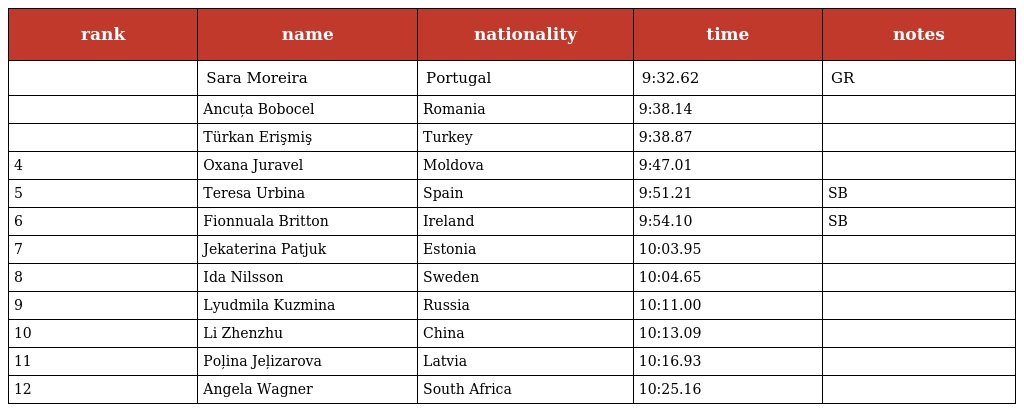
| rank | name | nationality | time | notes |
 | --- | --- | --- | --- | --- |
 |  | Sara Moreira | Portugal | 9:32.62 | GR |
 |  | Ancuța Bobocel | Romania | 9:38.14 |  |
 |  | Türkan Erişmiş | Turkey | 9:38.87 |  |
 | 4 | Oxana Juravel | Moldova | 9:47.01 |  |
 | 5 | Teresa Urbina | Spain | 9:51.21 | SB |
 | 6 | Fionnuala Britton | Ireland | 9:54.10 | SB |
 | 7 | Jekaterina Patjuk | Estonia | 10:03.95 |  |
 | 8 | Ida Nilsson | Sweden | 10:04.65 |  |
 | 9 | Lyudmila Kuzmina | Russia | 10:11.00 |  |
 | 10 | Li Zhenzhu | China | 10:13.09 |  |
 | 11 | Poļina Jeļizarova | Latvia | 10:16.93 |  |
 | 12 | Angela Wagner | South Africa | 10:25.16 |  |